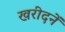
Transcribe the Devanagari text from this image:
खरीदनें